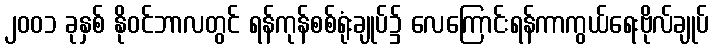
၂၀၀၁ ခုနှစ် နိုဝင်ဘာလတွင် ရန်ကုန်စစ်ရုံးချုပ်၌ လေကြောင်းရန်ကာကွယ်ရေးဗိုလ်ချုပ်